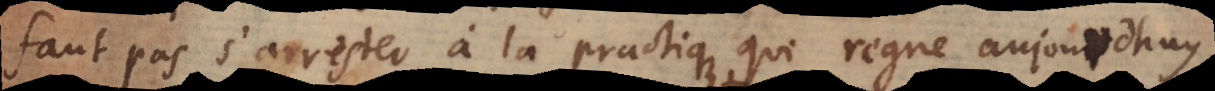
s s’arrester à la practique qui regne aujourdhuy